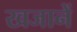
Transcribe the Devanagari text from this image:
खजानें